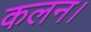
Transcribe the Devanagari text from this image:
कलन।